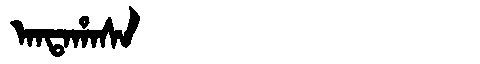
Manchu: ᠠᠨᡨᠠᡥᠠᠰᠠ
Romanization: ANTAHASA